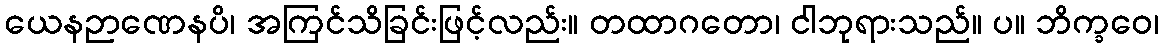
ယေနဉာဏေနပိ၊ အကြင်သိခြင်းဖြင့်လည်း။ တထာဂတော၊ ငါဘုရားသည်။ ပ။ ဘိက္ခဝေ၊